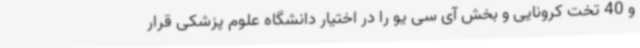
و 40 تخت کرونایی و بخش آی سی یو را در اختیار دانشگاه علوم پزشکی قرار